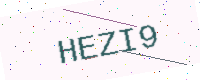
Text: HEZI9